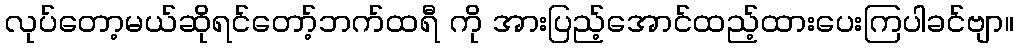
လုပ်တော့မယ်ဆိုရင်တော့်ဘက်ထရီ ကို အားပြည့်အောင်ထည့်ထားပေးကြပါခင်ဗျာ။